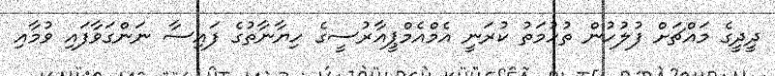
ދީދީގެ މައްޗަށް ފުލުހުން ތުހުމަތު ކުރަނީ އެމްއެމްޕީއާރުސީގެ ހިޔާނާތުގެ ފައިސާ ނަންގަވާފައި ވުމާއި